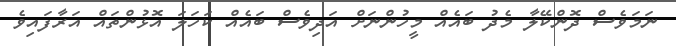
ނަމަވެސް ދޮންކޭލާ މެދު ބައެއް މީހުންނަށް އަދިވެސް ބައެއް ކަހަލަ އޮޅުންތައް އަރާފައިވެ